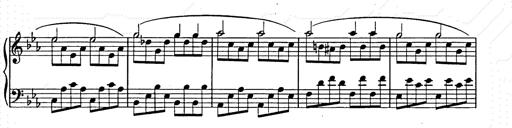
Title: Allegro di bravura
Composer: Carl Maria von Weber
Key: D major